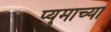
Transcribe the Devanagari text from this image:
प्युमाच्या